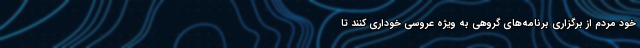
خود مردم از برگزاری برنامه‌های گروهی به ویژه عروسی خوداری کنند تا